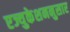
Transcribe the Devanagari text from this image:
एज्युकेशननुसार